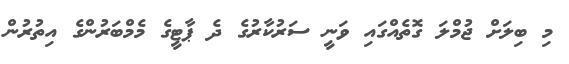
މި ބިލަށް ޖުމްލަ ގޮތެއްގައި ވަނީ ސަރުކާރުގެ ދެ ޕާޓީގެ މެމްބަރުންގެ އިތުރުން